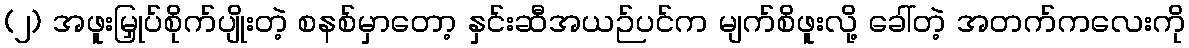
(၂) အဖူးမြှုပ်စိုက်ပျိုးတဲ့ စနစ်မှာတော့ နှင်းဆီအယဉ်ပင်က မျက်စိဖူးလို့ ခေါ်တဲ့ အတက်ကလေးကို